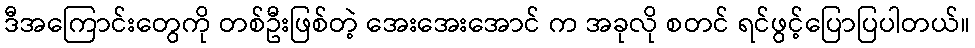
ဒီအကြောင်းတွေကို တစ်ဦးဖြစ်တဲ့ အေးအေးအောင် က အခုလို စတင် ရင်ဖွင့်ပြောပြပါတယ်။